Annual report of the Punjab Veterinary College and of the Civil Veterinary Department, Punjab - 1894-1908
Year: 1894
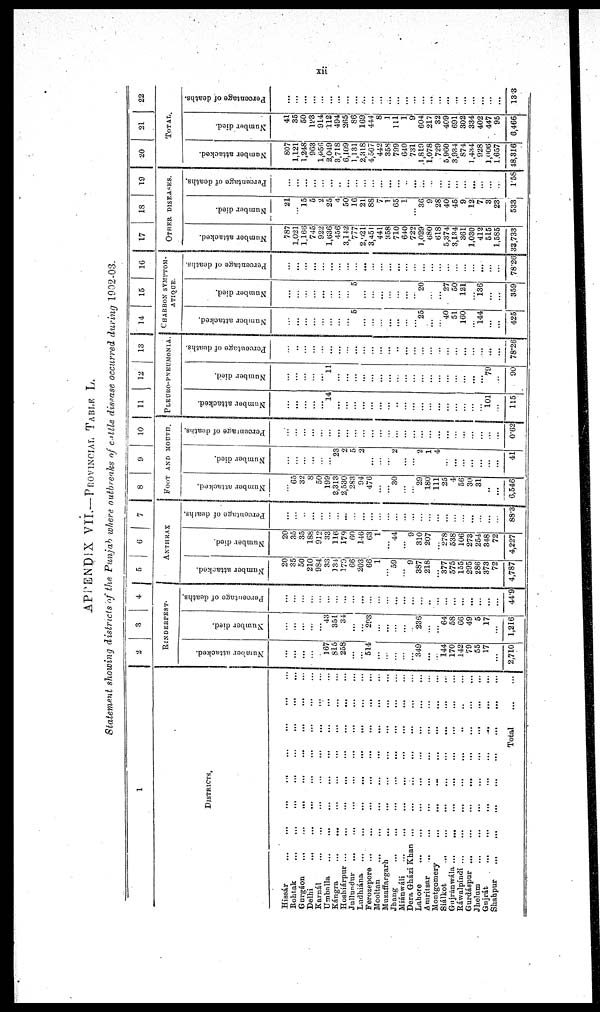
xii
APPENDIX VII.—PROVINCIAL TABLE L.
Statement showing districts of the Punjab where outbreaks of cattle disease occurred during 1902-03.
1
DISTRICTS.
Hissar … … … … … … … …
Rohtak … … … … … … … …
Gurgáon … … … … … … … …
Delhi … … … … … … … …
Karnál … … … … … … … …
Umballa … … … … … … … …
Kángra … … … … … … … …
Hoshiárpur … … … … … … … …
Jullundur … … … … … … … …
Ludhiána … … … … … … … …
Ferozepore … … … … … … … …
Mooltan … … … … … … … …
Muzaffargarh … … … … … … … …
Jhang … … … … … … … …
Miánwáli … … … … … … … …
Dora Gházi Khan … … … … … … … …
Lahore … … … … … … … …
Amritsar … … … … … … … …
Montgomery … … … … … … … …
Siálkot … … … … … … … …
Gujránwála … … … … … … … …
Rawalpindi … … … … … … … …
Gurdáspur … … … … … … … …
Jhelum … … … … … … … …
Gnjrát … … … … … … … …
Shahpur … … … … … … … …
Total ... ...
2
3
4
RINDERPEST
Number attacked.
…
...
...
…
…
167
815
258
…
...
514
…
…
…
...
349
...
144
170
142
79
55
17
…
2,710
Number died.
…
...
...
…
…
43
351
34
...
...
293
...
...
...
...
...
236
...
...
64
58
66
49
5
17
…
1,216
Percentage of deaths.
…
...
...
…
...
...
…
…
...
...
…
…
…
...
...
…
…
..
...
…
…
…
...
...
...
...
44.9
5 6
7
ANTHRAX
Number attacked.
20
35
50
210
984
33
134
179
66
203
66
1
…
59
… 9
387
218
…
377
575
155
295
286
373
72
4,787
Number died.
20
35
35
186
912
33
116
179
60
146
63
1
…
44
… 9
310
207
…
278
538
106
273
254
348
72
4,227
Percentage of deaths.
…
…
…
…
…
…
…
...
…
…
…
...
…
…
…
…
…
…
...
…
…
...
…
…
…
88.3
8
9
10
FOOT AND MOUTH.
Number attacked.
…
65
32
8
50
199
2,313
2,530
283
94
476
…
…
30
…
…
29
180
111
25
4
56
30
31
..
...
6,546
Number died.
…
...
…
…
…
…
23
2
5
2
...
…
…
2
…
…
2
1
4
...
...
…
...
…
…
...
41
Percentage of deaths.
…
…
…
...
…
…
...
…
…
…
…
...
…
...
…
…
...
…
...
…
…
...
…
…
...
...
0.62
11
12
13
PLEURO-PNEUMONIA.
Number attacked.
…
...
…
…
…
14
...
…
…
...
...
…
...
..
…
...
...
…
...
…
…
…
...
…
101
...
115
Number died.
…
…
…
…
…
11
…
…
…
...
…
…
…
…
…
…
...
…
…
…
…
…
…
…
79
…
90
Percentage
of deaths.
…
…
…
…
…
…
…
…
…
…
…
…
...
…
…
…
…
…
…
…
…
…
…
…
…
...
78.26
14
15
16
CHARBON SYMPTOM-
ATIQUE.
Number attacked.
…
…
…
…
…
…
…
…
5
…
…
…
…
…
…
…
25
…
…
40
51
160
…
144
...
...
425
Number died.
…
…
…
…
…
…
…
…
5
…
…
…
…
…
…
…
20
…
…
27
50
121
…
136
…
…
359
Percentage of deaths.
…
…
…
…
…
…
…
…
…
…
…
…
…
…
…
…
…
…
…
…
…
…
…
…
…
…
78.26
17
18
19
OTHER DISEASES.
Number attacked.
787
1,021
1,166
745
922
1,636
456
3,142
777
2,021
3,451
441
358
710
640
722
1,029
680
618
5,374
3,134
361
1,030
412
515
1,585
33,733
Number died.
21
...
15
5
2
25
4
50
16
21
88
7
1
65
1
...
36
9
28
40
45
9
12!
7
3
23
533
Percentage of deaths.
…
…
…
…
…
…
...
…
…
…
…
…
…
…
…
…
…
…
…
…
…
…
…
…
…
…
1.58
20
21
22
TOTAL.
Number attacked.
807
1,121
1,248
963
1,056
2,049
3,718
6,109
1,131
2,318
4,507
442
358
799
640
731
1,819
1,078
729
5,960
3,934
874
1,434
928
1,006
1,657
48,316
Number died.
41
35
50
193
914
112
494
265
86
169
444
8
1
111
1
9
604
217
32
409
691
302
334
402
447
95
6,466
Percentage of deaths.
…
…
…
…
…
…
...
…
…
…
…
…
…
…
…
…
…
…
…
…
…
…
…
…
…
...
13.3